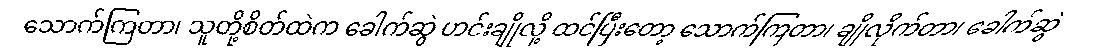
သောက်ကြတာ၊ သူတို့စိတ်ထဲက ခေါက်ဆွဲ ဟင်းချိုလို့ ထင်ပြီးတော့ သောက်ကြတာ၊ ချိုလိုက်တာ၊ ခေါက်ဆွဲ